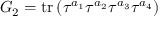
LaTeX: G _ { 2 } = \mathrm { t r } \left( \tau ^ { a _ { 1 } } \tau ^ { a _ { 2 } } \tau ^ { a _ { 3 } } \tau ^ { a _ { 4 } } \right)